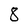
Character: 8